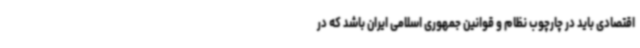
اقتصادی باید در چارچوب نظام و قوانین جمهوری اسلامی ایران باشد که در